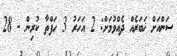
ސަންއަށް ޚަބަރެއް ދެއްވުމަށް: 2 އަހަރު 3 ހަފްތާ ކުރިން - 28